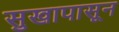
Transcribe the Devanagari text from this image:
सुखापासून